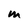
Character: M